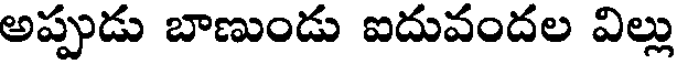
అప్పుడు బాణుండు ఐదువందల విల్లు